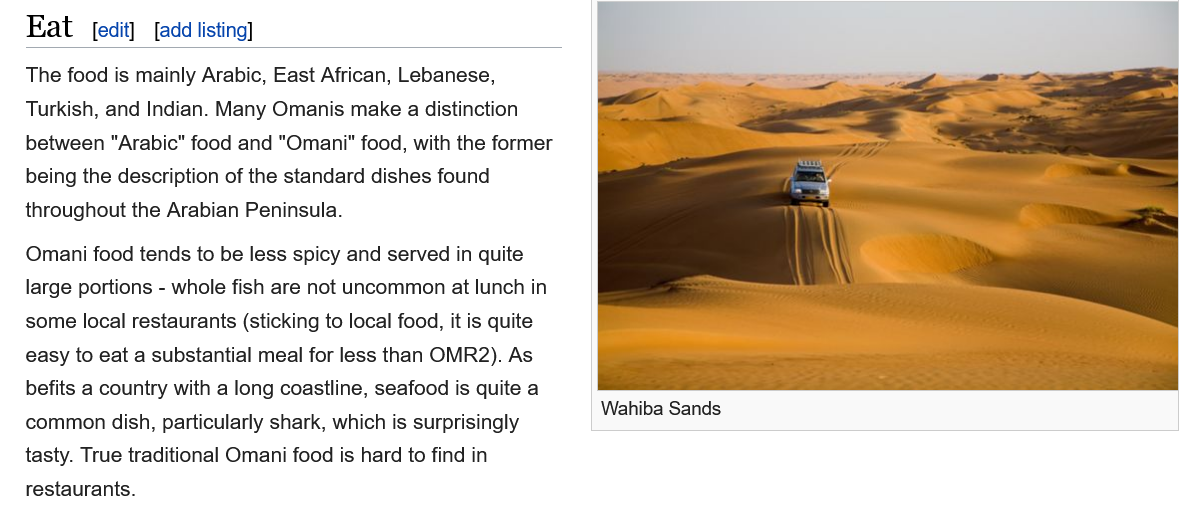
Eat
   The food is mainly Arabic, East African, Lebanese,
   Turkish, and Indian. Many Omanis make a distinction
   between  "Arabic" food and "Omani" food, with the former
   being the description of the standard dishes found
   throughout the Arabian Peninsula.
   Omani food tends to be less spicy and served in quite
   large portions -
     whole fish are not uncommon at lunch in
   some local restaurants (sticking to local food, it is quite
   easy to eat a substantial meal for less than OMR2). As
   befits a country with a long coastline, seafood is quite a
   common dish, particularly shark, which is surprisingly
   tasty. True traditional Omani food is hard to find in
   restaurants.
     Wahiba Sands
     [add listing] edit]